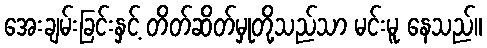
အေးချမ်းခြင်းနှင့် တိတ်ဆိတ်မှုတို့သည်သာ မင်းမူ နေသည်။